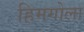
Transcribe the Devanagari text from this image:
हिमगोला